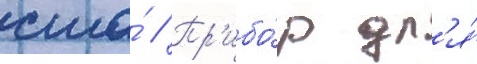
сша́ // Пр'ибо́р дл'я́